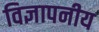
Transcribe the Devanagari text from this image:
विज्ञापनीय